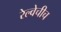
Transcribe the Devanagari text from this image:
रेल्वेचीच